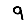
Digit: 9